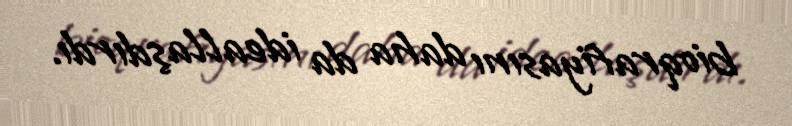
bioqrafiyasını daha da ideallaşdırdı.